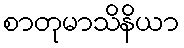
စာတုမာသိနိယာ